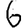
Digit: 6